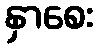
နှာစေး